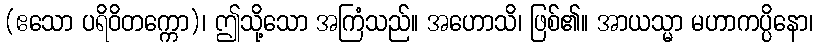
(ဧသော ပရိဝိတက္ကော)၊ ဤသို့သော အကြံသည်။ အဟောသိ၊ ဖြစ်၏။ အာယသ္မာ မဟာကပ္ပိနော၊